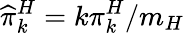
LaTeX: \widehat{\pi}_{k}^{H}=k\pi_{k}^{H}/m_{H}